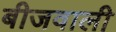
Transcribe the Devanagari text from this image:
बीजवाली